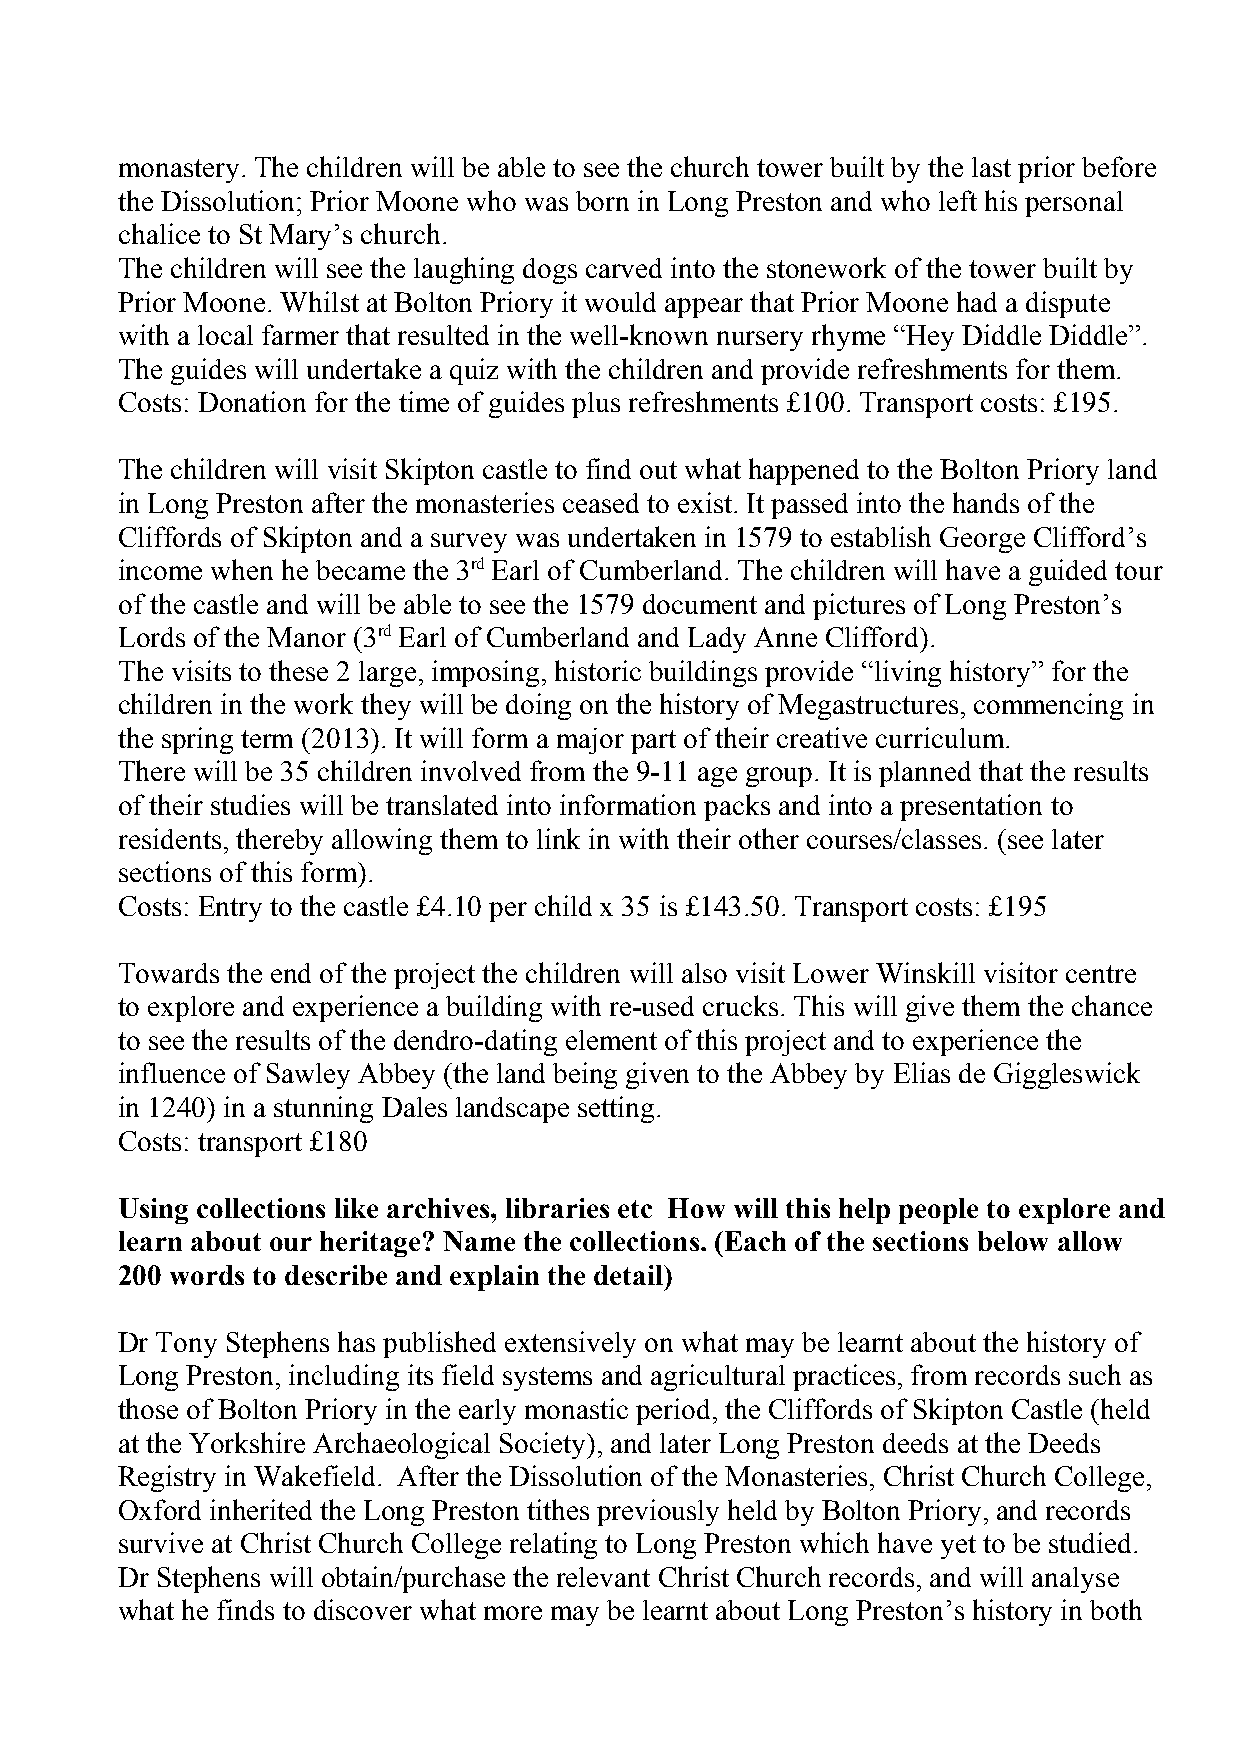
monastery. The children will be able to see the church tower built by the last prior before
 the Dissolution; Prior Moone who was born in Long Preston and who left his personal
 chalice to St Mary’s church.
 The children will see the laughing dogs carved into the stonework of the tower built by
 Prior Moone. Whilst at Bolton Priory it would appear that Prior Moone had a dispute
 with a local farmer that resulted in the well-known nursery rhyme “Hey Diddle Diddle”.
 The guides will undertake a quiz with the children and provide refreshments for them.
 Costs: Donation for the time of guides plus refreshments £100. Transport costs: £195.
 The children will visit Skipton castle to find out what happened to the Bolton Priory land
 in Long Preston after the monasteries ceased to exist. It passed into the hands of the
 Cliffords of Skipton and a survey was undertaken in 1579 to establish George Clifford’s
 income when he became the 3rd Earl of Cumberland. The children will have a guided tour
 of the castle and will be able to see the 1579 document and pictures of Long Preston’s
 Lords of the Manor (3rd Earl of Cumberland and Lady Anne Clifford).
 The visits to these 2 large, imposing, historic buildings provide “living history” for the
 children in the work they will be doing on the history of Megastructures, commencing in
 the spring term (2013). It will form a major part of their creative curriculum.
 There will be 35 children involved from the 9-11 age group. It is planned that the results
 of their studies will be translated into information packs and into a presentation to
 residents, thereby allowing them to link in with their other courses/classes. (see later
 sections of this form).
 Costs: Entry to the castle £4.10 per child x 35 is £143.50. Transport costs: £195
 Towards the end of the project the children will also visit Lower Winskill visitor centre
 to explore and experience a building with re-used crucks. This will give them the chance
 to see the results of the dendro-dating element of this project and to experience the
 influence of Sawley Abbey (the land being given to the Abbey by Elias de Giggleswick
 in 1240) in a stunning Dales landscape setting.
 Costs: transport £180
 Using collections like archives, libraries etc How will this help people to explore and
 learn about our heritage? Name the collections. (Each of the sections below allow
 200 words to describe and explain the detail)
 Dr Tony Stephens has published extensively on what may be learnt about the history of
 Long Preston, including its field systems and agricultural practices, from records such as
 those of Bolton Priory in the early monastic period, the Cliffords of Skipton Castle (held
 at the Yorkshire Archaeological Society), and later Long Preston deeds at the Deeds
 Registry in Wakefield. After the Dissolution of the Monasteries, Christ Church College,
 Oxford inherited the Long Preston tithes previously held by Bolton Priory, and records
 survive at Christ Church College relating to Long Preston which have yet to be studied.
 Dr Stephens will obtain/purchase the relevant Christ Church records, and will analyse
 what he finds to discover what more may be learnt about Long Preston’s history in both